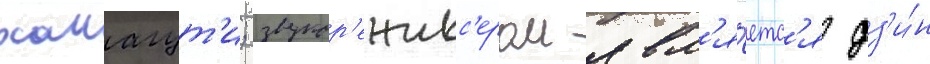
хамагут'и; звукор'ежисс'ером явл'я́етс'я дз'и́н